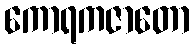
ကောရကဇာတော